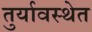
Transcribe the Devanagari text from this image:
तुर्यावस्थेत